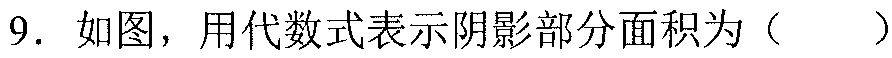
9. 如图，用代数式表示阴影部分面积为（  ）